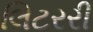
લિટરરી